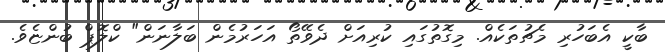
ބާކީ އެބަހުރި މެޗުތަކެއް. މިގޮތުގައި ކުރިއަށް ދެވޭތޯ އަހަރުމެން ބަލާނަން" ކްލޮޕް ބުންޏެވެ.